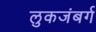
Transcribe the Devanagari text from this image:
लुकजंबर्ग